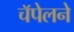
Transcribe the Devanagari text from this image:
चॅपेलने